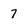
Character: 7